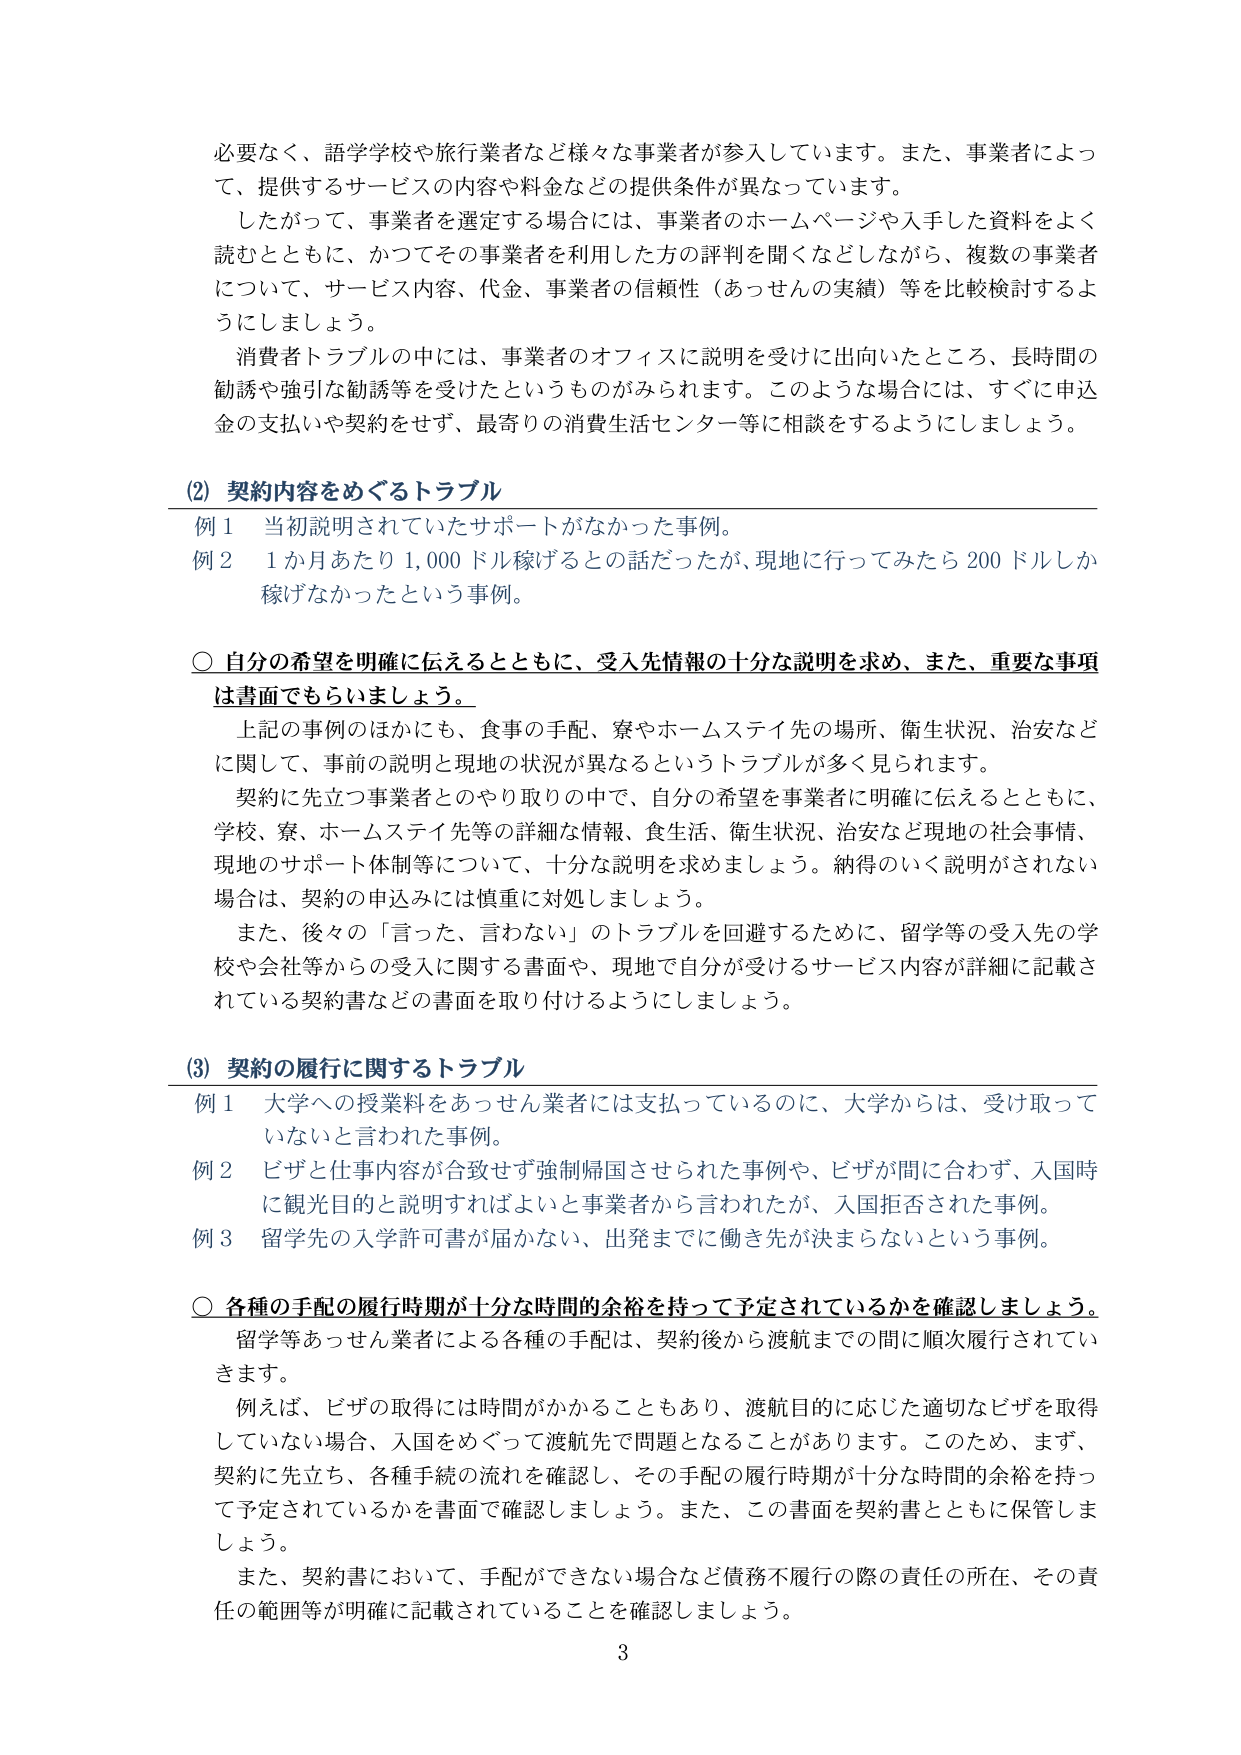
必要なく、語学学校や旅行業者など様々な事業者が参入しています。また、事業者によって、提供するサービスの内容や料金などの提供条件が異なっています。

したがって、事業者を選定する場合には、事業者のホームページや入手した資料をよく読むとともに、かつてその事業者を利用した方の評判を聞くなどしながら、複数の事業者について、サービス内容、代金、事業者の信頼性（あっせんの実績）等を比較検討するようにしましょう。

消費者トラブルの中には、事業者のオフィスに説明を受けて出向いたところ、長時間の勧誘や強引な勧誘等を受けたというものがみられます。このような場合には、すぐに申込金の支払いや契約をせず、最寄りの消費生活センター等に相談をするようにしましょう。

(2) 契約内容をめぐるトラブル

例1 当初説明されていたサポートがなかった事例。

例2 1か月あたり1,000ドル稼げるとの話だったが、現地に行ってみたら200ドルしか稼げなかったという事例。

○ 自分の希望を明確に伝えるとともに、受入先情報の十分な説明を求め、また、重要な事項は書面でもらいましょう。

上記の事例のほかにも、食事の手配、寮やホームステイ先の場所、衛生状況、治安などに関して、事前の説明と現地の状況が異なるというトラブルが多く見られます。

契約に先立つ事業者とのやり取りの中で、自分の希望を事業者に明確に伝えるとともに、学校、寮、ホームステイ先等の詳細な情報、食生活、衛生状況、治安など現地の社会事情、現地のサポート体制等について、十分な説明を求めましょう。納得のいく説明がされない場合は、契約の申込みには慎重に対処しましょう。

また、後々の「言った、言わない」のトラブルを回避するために、留学等の受入先の学校や会社等からの受入に関する書面や、現地で自分が受けるサービス内容が詳細に記載されている契約書などの書面を取り付けるようにしましょう。

(3) 契約の履行に関するトラブル

例1 大学への授業料をあっせん業者には支払っているのに、大学からは、受け取っていないと言われた事例。

例2 ビザと仕事内容が合致せず強制帰国させられた事例や、ビザが間に合わず、入国時に観光目的と説明すればよいと事業者から言われたが、入国拒否された事例。

例3 留学先の入学許可書が届かない、出発までに働き先が決まらないという事例。

○ 各種の手配の履行時期が十分な時間的余裕を持って予定されているかを確認しましょう。

留学等あっせん業者による各種の手配は、契約後から渡航までの間に順次履行されていきます。

例えば、ビザの取得には時間がかかることもあり、渡航目的に応じた適切なビザを取得していない場合、入国をめぐって渡航先で問題となることがあります。このため、まず、契約に先立ち、各種手続の流れを確認し、その手配の履行時期が十分な時間的余裕を持って予定されているかを書面で確認しましょう。また、この書面を契約書とともに保管しましょう。

また、契約書において、手配ができない場合など債務不履行の際の責任の所在、その責任の範囲等が明確に記載されていることを確認しましょう。

3